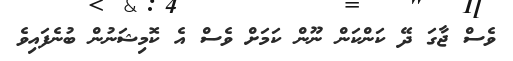
ވެސް ޖާގަ ދޭ ކަންކަން ނޫން ކަމަށް ވެސް އެ ކޮމިޝަނުން ބުނެފައިވެ